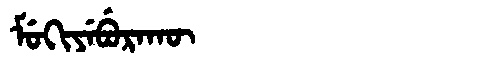
Manchu: ᠮᡠᡴᡳᠶᡝᠪᡠᡵᠠᡴᡡ
Romanization: MUKIYEBURAKŪ